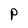
Character: P